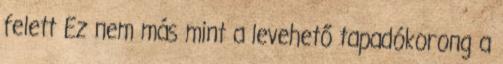
felett Ez nem más mint a levehető tapadókorong a